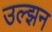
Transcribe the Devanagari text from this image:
उल्झन